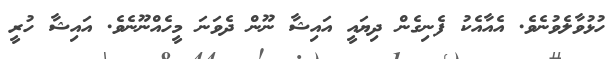
ހުޅުވާލެވުނެވެ. އެއާއެކު ފެނިގެން ދިޔައީ އައިޝާ ނޫން ދެވަނަ މީހެއްނޫނެވެ. އައިޝާ ހުރީ